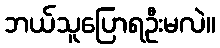
ဘယ်သူပြောရဦးမလဲ။